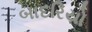
બાદરિયો